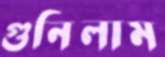
গুনিলাম